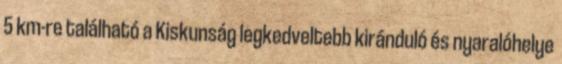
5 km-re található a Kiskunság legkedveltebb kiránduló és nyaralóhelye